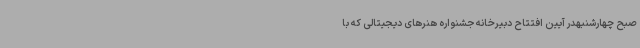
صبح چهارشنبهدر آیین افتتاح دبیرخانه جشنواره هنرهای دیجیتالی که با